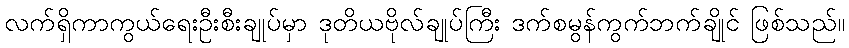
လက်ရှိကာကွယ်ရေးဦးစီးချုပ်မှာ ဒုတိယဗိုလ်ချုပ်ကြီး ဒက်စမွန်ကွက်ဘက်ချိုင် ဖြစ်သည်။